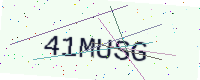
Text: 41MUSG